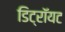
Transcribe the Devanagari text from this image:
डिट्रॉयट